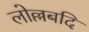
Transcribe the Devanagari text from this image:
लोल्लबदि